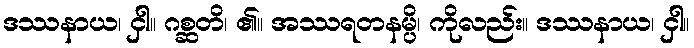
ဒဿနာယ၊ ငှါ။ ဂစ္ဆတိ၊ ၏။ အဿရတနမ္ပိ၊ ကိုလည်း။ ဒဿနာယ၊ ငှါ။